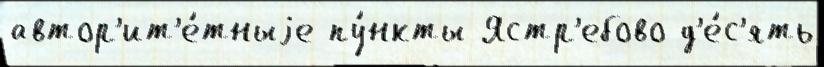
автор'ит'е́тныjе пу́нкты Ястр'ебово д'е́с'ять